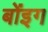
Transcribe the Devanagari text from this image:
बोंइग